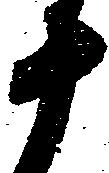
十